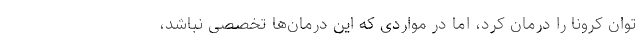
توان کرونا را درمان کرد، اما در مواردی که این درمان‌ها تخصصی نباشد،